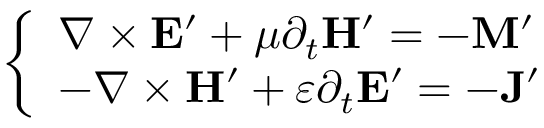
\left\{ \begin{array} { l l } { \nabla \times \mathbf { E } ^ { \prime } + \mu \partial _ { t } \mathbf { H } ^ { \prime } = - \mathbf { M } ^ { \prime } } \\ { - \nabla \times \mathbf { H } ^ { \prime } + \varepsilon \partial _ { t } \mathbf { E } ^ { \prime } = - \mathbf { J } ^ { \prime } } \end{array} \right.